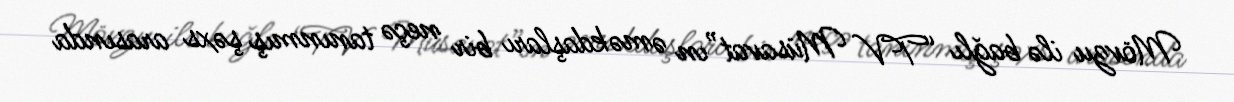
Mövzu ilə bağlı “TV Müsavat”ın əməkdaşları bir neçə tanınmış şəxs arasında